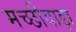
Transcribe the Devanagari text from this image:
मच्छीवाड़ा